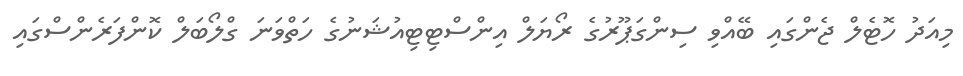
މިއަދު ހޮޓެލް ޖެންގައި ބޭއްވި ސިންގަޕޫރުގެ ރޯޔަލް އިންސްޓިޓިއުޝަނުގެ ހަތްވަނަ ގްލޯބަލް ކޮންފަރެންސްގައި